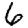
Digit: 6